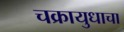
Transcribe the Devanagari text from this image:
चक्रायुधाचा